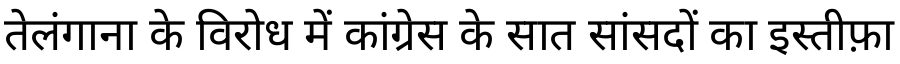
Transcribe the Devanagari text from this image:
तेलंगाना के विरोध में कांग्रेस के सात सांसदों का इस्तीफ़ा